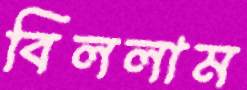
বিললাম